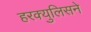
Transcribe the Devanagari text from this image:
हरक्युलिसने